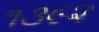
૧૩૯૨